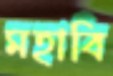
মহাবি